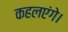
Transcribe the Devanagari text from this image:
कहलएंगे।